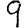
Digit: 9